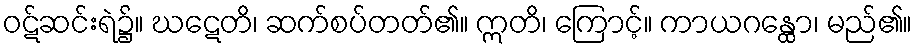
ဝဋ်ဆင်းရဲ၌။ ဃဋေတိ၊ ဆက်စပ်တတ်၏။ ဣတိ၊ ကြောင့်။ ကာယဂန္ထော၊ မည်၏။